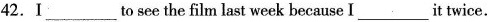
42.I ___ to see the film last week because I ___ it twice.